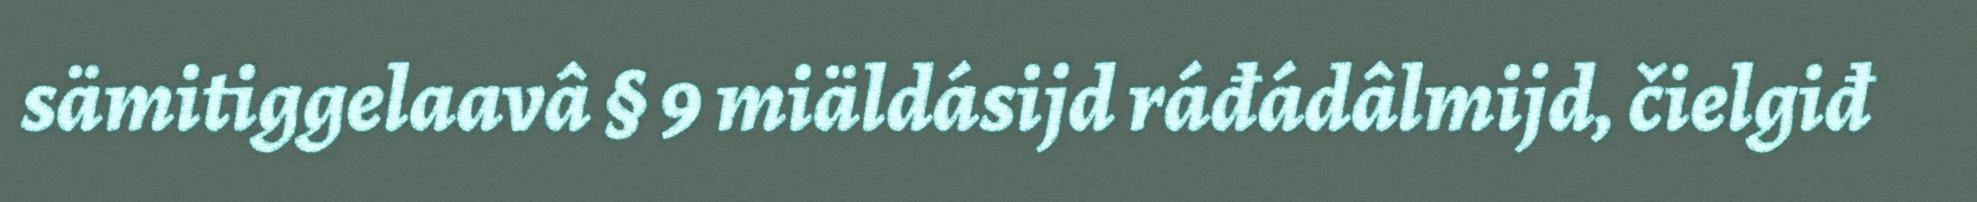
sämitiggelaavâ § 9 miäldásijd ráđádâlmijd, čielgiđ